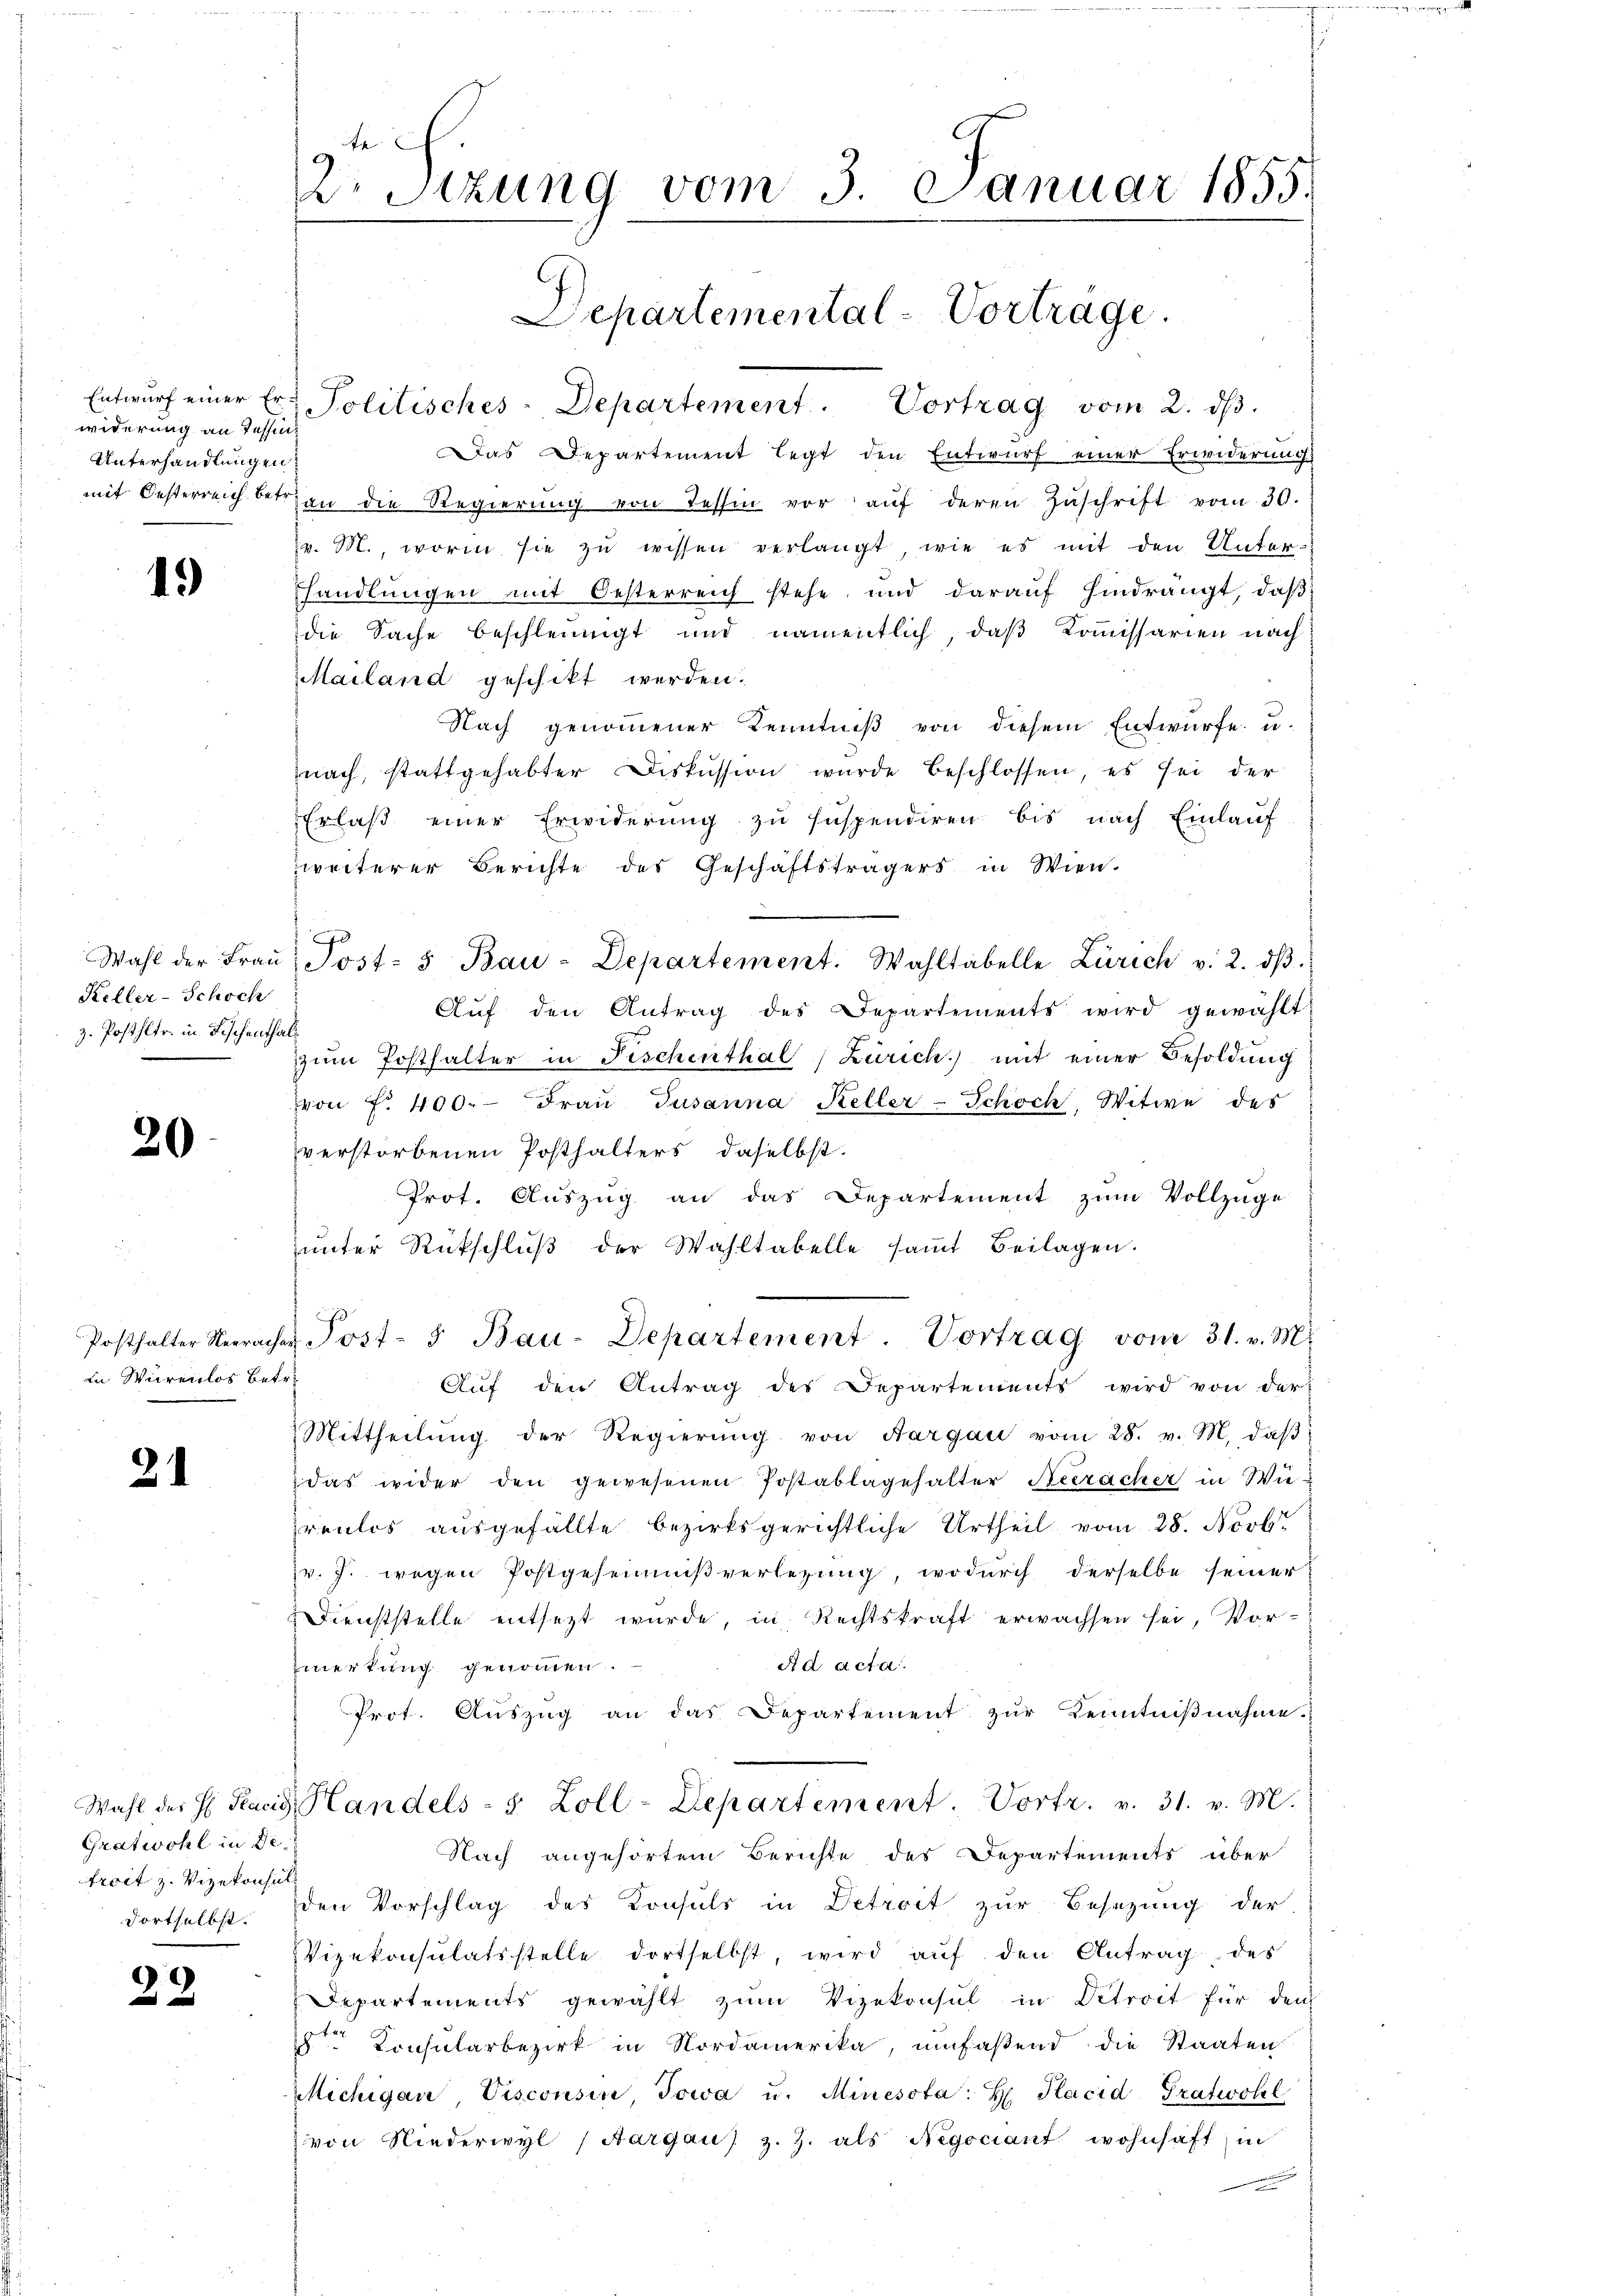
widerung an Tessin
Unterhandlungen

19

Keller-Schoch
z. Posthler in Fischenthalt

20

in Würenlos betr.

21

Gratwohl in de
froit z. Vizekonsul

9
2

Entwŭrf einer Er- Politisches-Departement. Vortrag vom 2. dβ.
Das Departement legt den Entwurf einer Erwiderungs
mit Oesterreich betrien die Regierung von Tessin vor aŭf deren Zuschrift vom 30.
v. M., worin sie zu wissen verlangt, wie es mit den Unter-
handlungen mit Oesterreich stehe, und darauf hindrängt, daβ
die Sache beschleinigt und namentlich, daß Kommissarien nach
Mailand geschikt werden.
Nach genommener Kenntniß von diesem Entwurfe u.
nach, stattgehabter Diskussion wurde beschlossen, es sei der
Erlaβ einer Erwiderŭng zŭ suspendiren bis nach Einlaŭf
zweiterer Berichte des Geschäftsträgers in Wien.
Wahl der Fraŭ Post- 5 Bau-Departement. Wahltabelle Zürich v. 2. dβ
Aŭf den Antrag des Departements wird gewählt:
zŭm Posthalter in Fischenthal Zürich) mit einer Besoldung
von f. 400. Frau Jusanna Keller-Schoch, Witwe des
verstorbenen Posthalters, daselbst.
Prot. Auszug an das Departement zum Vollzuge
ŭnter Rückschlŭβ der Wahltabelle saṁt Beilagen.
Posthalter Neeracher Post- 5 Bau-Departement. Vortrag vom 31. v. M.
Auf den Antrag des Departements wird von der
Mittheilŭng der Regierŭng von Aargau vom 28. v. M. daβ
das wider den gewesenen Postablagehalter Neeracher in Wi
renlos ausgefällte bezirksgerichtliche Urtheil vom 28. Novbr
v. J. wegen Postgeheimißverlegung, wodurch derselbe seiner
Dienststelle entsezt wurde, in Rechtskraft erwachsen sei, Vor-
Ad acta.
zmerkung genommen.
Prot. Aŭszŭg an das Departement zŭr Kenntniβnahme.
Wahl des H. Pacid, Handels- & Zoll-Departement. Vortr. v. 31. v. M.
Nach angehörtem Berichte des Departements über
dortselbst. Den Vorschlag des Konsuls in Detroit zur Besezung der
Vizekonsulatsstelle dortselbst, wird auf den Antrag des
Departements gewählt zŭm Vizekonsul in Detroit für dem
 Consularbezirk in Nordamerika, umfaßend die Staaten
Michigan, Visconsin, Jowa u. Minesota: H. Placid Tratwohl
von Niederwyl (Aargaus z. Z. als Negociant wohnhaft in
.

te
2o Sizung vom 3. Januar 1855.

Departemental-Vortrage.